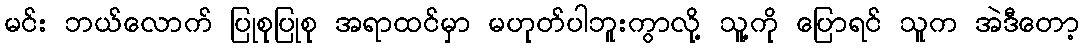
မင်း ဘယ်လောက် ပြုစုပြုစု အရာထင်မှာ မဟုတ်ပါဘူးကွာလို့ သူ့ကို ပြောရင် သူက အဲဒီတော့